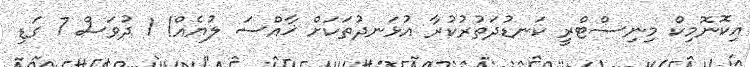
އިކޮނޮމިކް މިނިސްޓްރީ ކަނޑުދަތުރުކުރާ އުޅަނދުތަކަށް ޚާއްސަ ލުޔެއް! 1 ދުވަސް 7 ގަޑި